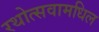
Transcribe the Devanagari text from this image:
रथोत्सवामधिल